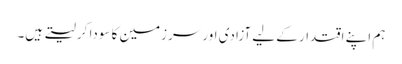
ہم اپنے اقتدار کے لیے آزادی اور سرزمین کا سودا کر لیتے ہیں۔